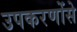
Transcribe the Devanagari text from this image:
उपकरणोंसे